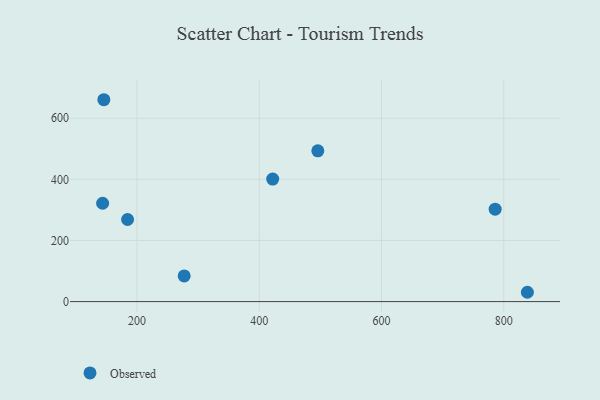
{"axis": {"x": "Engine Size", "y": "Rating"}, "legend": ["Observed"], "data": [{"x": "785.9", "y": 302.4, "type": "Observed"}, {"x": "495.8", "y": 493.5, "type": "Observed"}, {"x": "145.8", "y": 660.6, "type": "Observed"}, {"x": "277.2", "y": 83.9, "type": "Observed"}, {"x": "838.6", "y": 30.5, "type": "Observed"}, {"x": "422.0", "y": 400.8, "type": "Observed"}, {"x": "143.8", "y": 321.8, "type": "Observed"}, {"x": "184.6", "y": 268.6, "type": "Observed"}]}